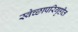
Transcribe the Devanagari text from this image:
स्वेच्छापरिगृहीत